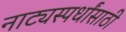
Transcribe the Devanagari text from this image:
नाट्यस्पर्धांसाठी